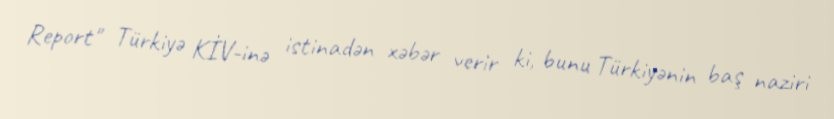
Report" Türkiyə KİV-inə istinadən xəbər verir ki, bunu Türkiyənin baş naziri